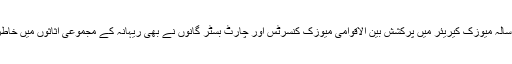
مزید برآں، اپنے 13سالہ میوزک کیریئر میں پرکشش بین الاقوامی میوزک کنسرٹس اور چارٹ بسٹر گانوں نے بھی ریہانہ کے مجموعی اثاثوں میں خاطرخواہ اضافہ کیا ہے۔